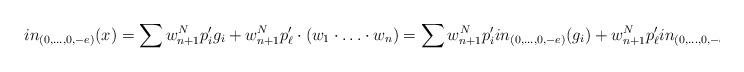
LaTeX: \begin{align*}in_{(0,\ldots,0,-e)}(x) = \sum w^N_{n+1} p'_i g_i + w^N_{n+1} p'_\ell \cdot (w_1 \cdot \ldots \cdot w_n) = \sum w^N_{n+1} p'_i in_{(0,\ldots,0,-e)}(g_i) + w^N_{n+1} p'_\ell in_{(0,\ldots,0,-e)}(g_\ell)\end{align*}